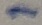
Text: 1